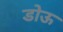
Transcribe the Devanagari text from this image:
डोऊ